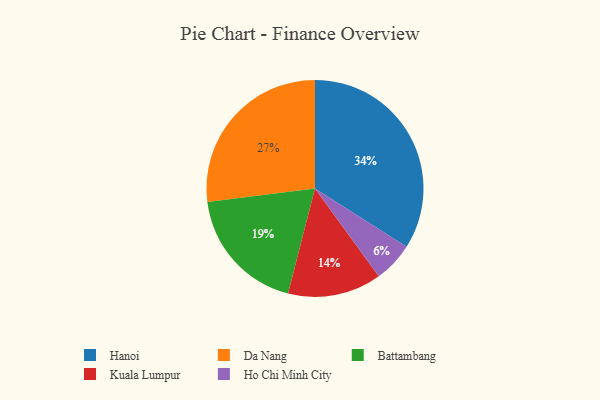
{"axis": {"x": "Category", "y": "Percentage"}, "legend": ["Battambang", "Da Nang", "Hanoi", "Ho Chi Minh City", "Kuala Lumpur"], "data": [{"x": "Kuala Lumpur", "y": 14, "type": "Kuala Lumpur"}, {"x": "Battambang", "y": 19, "type": "Battambang"}, {"x": "Da Nang", "y": 27, "type": "Da Nang"}, {"x": "Ho Chi Minh City", "y": 6, "type": "Ho Chi Minh City"}, {"x": "Hanoi", "y": 34, "type": "Hanoi"}]}